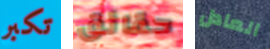
تكبر حقائق العادل